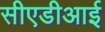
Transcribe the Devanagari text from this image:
सीएडीआई